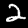
Label: 2